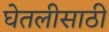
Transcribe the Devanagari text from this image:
घेतलीसाठी